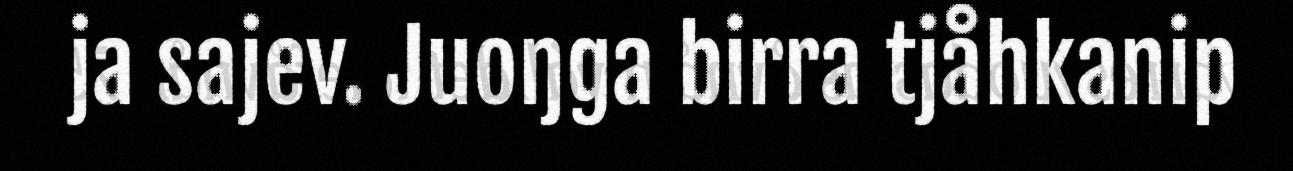
ja sajev. Juoŋga birra tjåhkanip